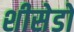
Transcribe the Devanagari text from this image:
शीसेडो